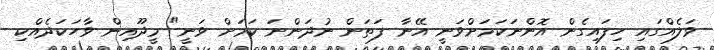
ވަލެއްގައި ހިފައިގެން އޮންނަކަމަށްވަނީ އޭނާ ފަތަން ނުދަންނަ ކަމަށް ވަނީ" މީދޫއިން ވާހަކަދެއްކި